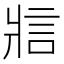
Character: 𪺞